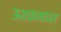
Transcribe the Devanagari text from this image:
ऊतकनाश